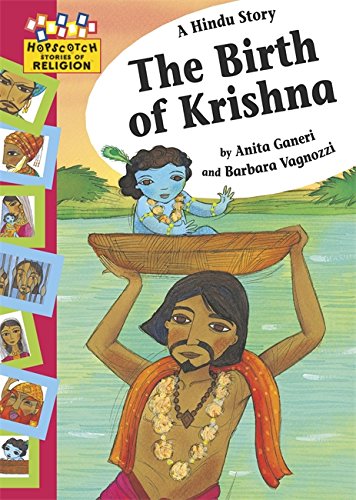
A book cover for The Birth of Krishna (Hopscotch Religion); Anita Ganeri; Children's Books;